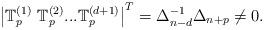
LaTeX: \begin{align*}\left\vert \mathbb{T}_{p}^{\left( 1\right) }\ \mathbb{T}_{p}^{\left(2\right) }...\mathbb{T}_{p}^{\left( d+1\right) }\right\vert ^{T}=\Delta_{n-d}^{-1}\Delta _{n+p}\neq 0. \end{align*}